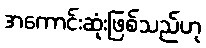
အကောင်းဆုံးဖြစ်သည်ဟု